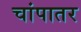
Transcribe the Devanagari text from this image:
चांपातर